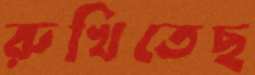
রুখিতেছ